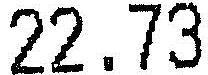
22.73